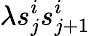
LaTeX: \lambda s_{j}^{i}s_{j+1}^{i}